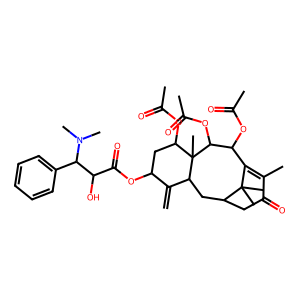
SMILES: C=C1C(OC(=O)C(O)C(c2ccccc2)N(C)C)CC(OC(C)=O)C2(C)C1CC1CC(=O)C(C)=C(C(OC(C)=O)C2OC(C)=O)C1(C)C
Inhibits HIV replication: No